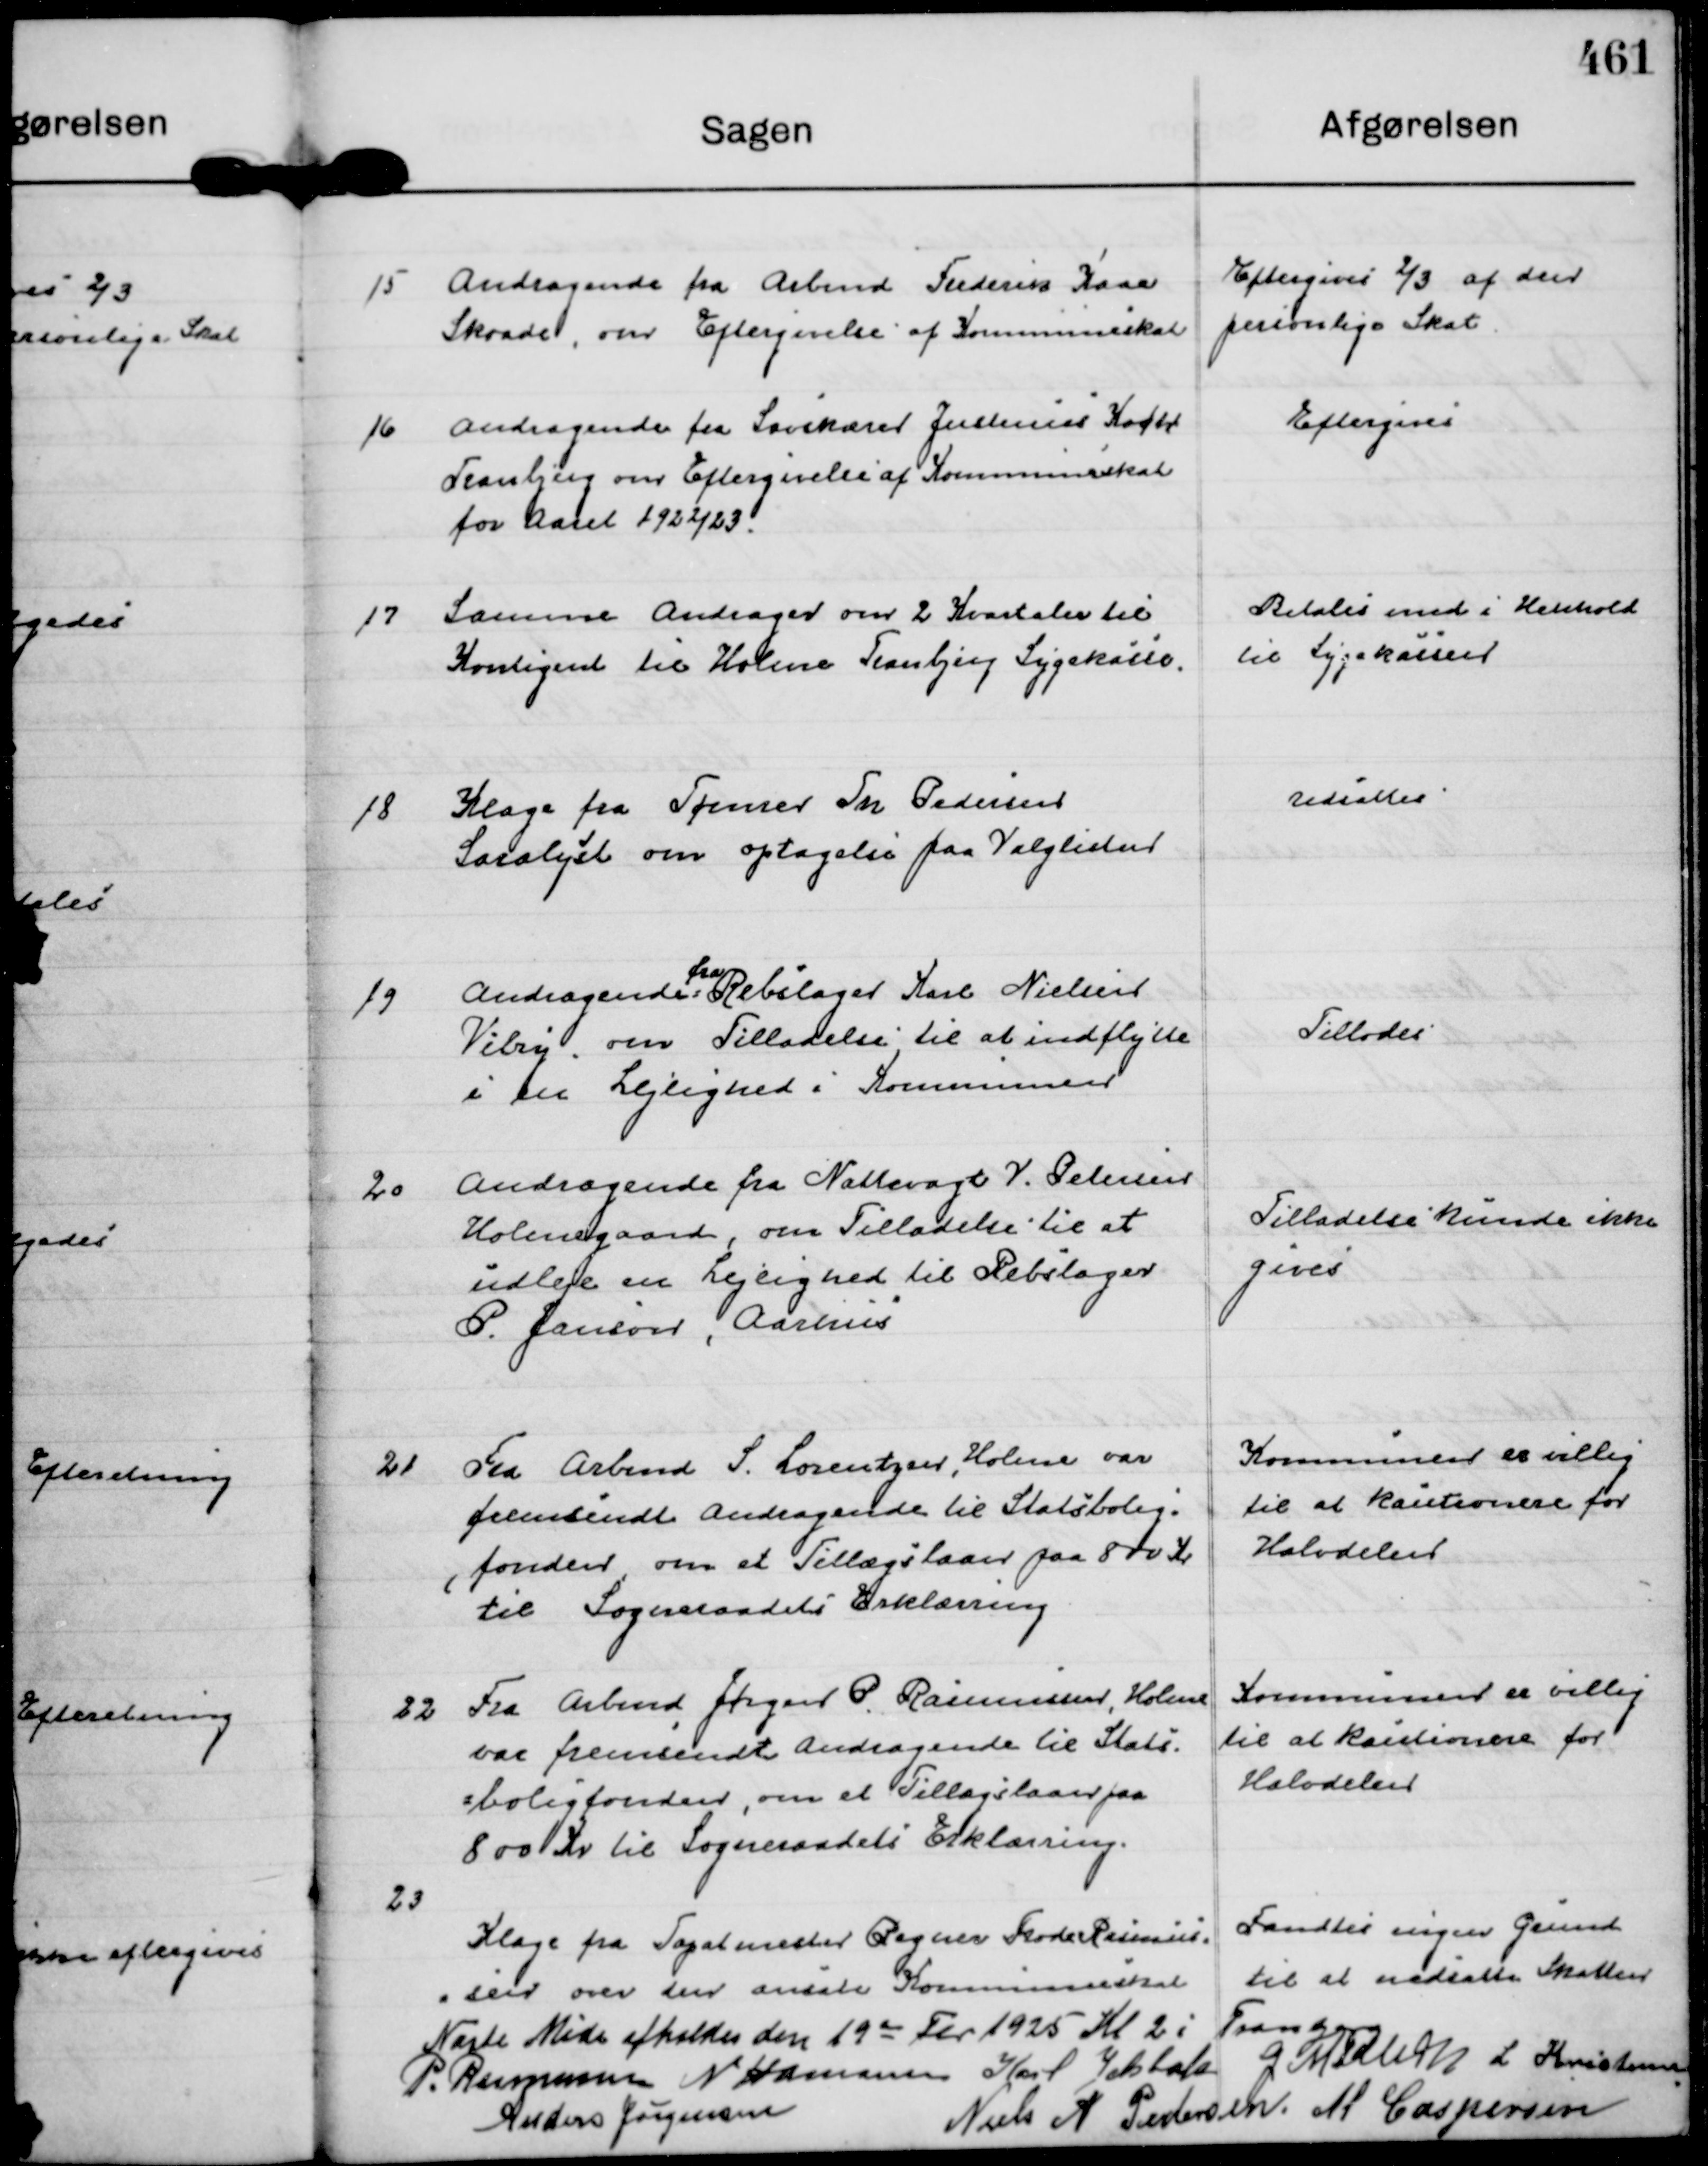
Transskription:
15
Andragende fra Arbmd Frederik Kaae
Skaade, om Eftergivelse af Kommuneskat

Eftergives ⅔ af den
personlige Skat.

16
Andragende fra Savskærer Justenias Koch
Tranbjerg om Eftergivelse af Kommuneskat
for Aaret 1922/23.

Eftergives

17
Samme Andrager om 2 Kvartaler til
Kontigent til Holme Tranbjerg Sygekasse.

Betales med i Henhold
til Sygekassen

18
Klage fra Tømrer Th Pedersen
Saralyst om optagelse paa Valglisten

Udsattes

19
Andragende
fra
Rebslager Karl Nielsen
Viby, om Tilladelse til at indflytte
i en Lejlighed i Kommunen

Tillodes

20
Andragende fra Nattevagt V. Petersen
Holmegaard, om Tilladelse til at
udleje en Lejlighed til Rebslager
P. Janson, Aarhus

Tilladelse kunde ikke
gives

21
Fra Arbmd S. Lorentzen, Holme var
fremsendt Andragende til Statsbolig=
, fonden, om et Tillægslaan paa 800 Kr
til Sogneraadets Erklæring

Kommunen er villig
til at kautionere for
Halvdelen

22
Fra Arbmd Jørgen P. Rasmussen, Holme
var fremsendt et Andragende til Stats=
=boligfonden, om et Tillægslaan paa 
800 Kr til Sogneraadets Erklæring.

Kommunen er villig
til at kautionere for
Halvdelen

23
Klage fra Tapatmester Regner Frode Rasmus=
=sen over den ansate Kommuneskat

Fandtes ingen Grund
til at nedsætte Skatten

Næste Møde afholdes den 19 de Fbr 1925 Kl 2 i Tranbjerg
P. Rasmussen
N Hamann
Karl Jelsbak
G Møller
L Kristensen
Anders Jørgensen
Niels A Pedersen.
M Caspersen